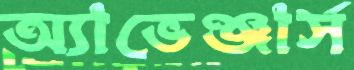
অ্যাভেঞ্জার্স